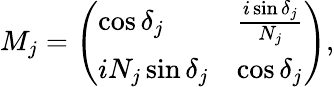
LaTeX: M_{j}=\left(\begin{array}{ll}{\cos{\delta_{j}}}&{\frac{i\sin{\delta_{j}}}{N_{j}}}\\ {iN_{j}\sin{\delta_{j}}}&{\cos{\delta_{j}}}\end{array}\right),